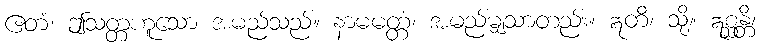
ဧတံ၊ ဤသတ္တဟူသော အမည်သည်။ နာမမတ္တံ၊ အမည်မျှသာတည်း။ ဣတိ၊ သို့။ ဣစ္ဆန္တိ၊